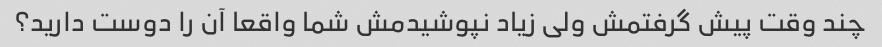
چند وقت پیش گرفتمش ولی زیاد نپوشیدمش شما واقعا آن را دوست دارید؟